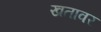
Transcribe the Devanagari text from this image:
खतावर